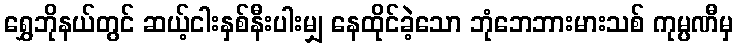
ရွှေဘိုနယ်တွင် ဆယ့်ငါးနှစ်နီးပါးမျှ နေထိုင်ခဲ့သော ဘုံဘေဘားမားသစ် ကုမ္ပဏီမှ